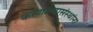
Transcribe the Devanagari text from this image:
करणाऱ्यासंस्थांना